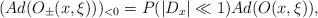
LaTeX: \begin{align*}(Ad(O_{\pm}(x,\xi)))_{< 0} = P(|D_x| \ll 1) Ad(O(x,\xi)),\end{align*}